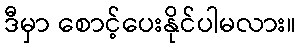
ဒီမှာ စောင့်ပေးနိုင်ပါမလား။